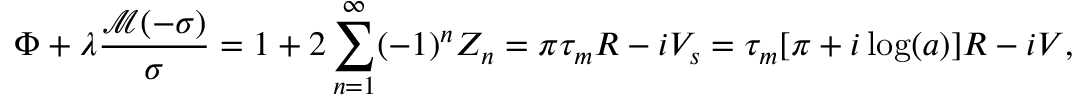
\Phi + \lambda \frac { \mathcal M ( - \sigma ) } \sigma = 1 + 2 \sum _ { n = 1 } ^ { \infty } ( - 1 ) ^ { n } Z _ { n } = \pi \tau _ { m } R - i V _ { s } = \tau _ { m } [ \pi + i \log ( a ) ] R - i V ,